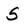
Character: S